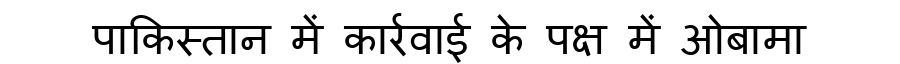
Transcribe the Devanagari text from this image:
पाकिस्तान में कार्रवाई के पक्ष में ओबामा